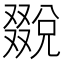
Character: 𠮄